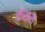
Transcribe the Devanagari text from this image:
केंसस